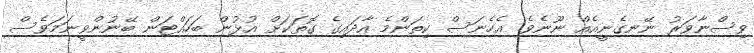
ވިސްނާވަރު ނޭނގެނީއެއް ނޫނެވެ. އެހެނަސް ކިތަންމެ އާދައިގެ ގޮތަކަށް އުޅުން ބަހައްޓަން ބޭނުންވީނަަމަވެސް